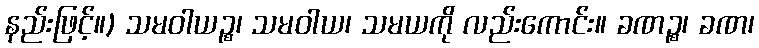
နည်းဖြင့်။) သမဝါယဉ္စ၊ သမဝါယ၊ သမယကို လည်းကောင်း။ ခဏဉ္စ၊ ခဏ၊